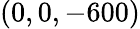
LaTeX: (0,0,-600)